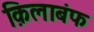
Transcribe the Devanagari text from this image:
क़िलाबंफ